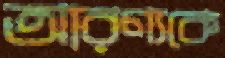
আরণ্যকে